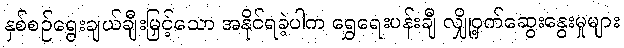
နှစ်စဉ်ရွေးချယ်ချီးမြှင့်သော အနိုင်ရခဲ့ပါက ရွှေရေးပန်းချီ လျှို့ဝှက်ဆွေးနွေးမှုများ